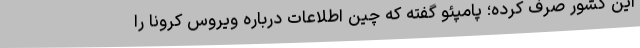
این کشور صرف کرده؛ پامپئو گفته که چین اطلاعات درباره ویروس کرونا را